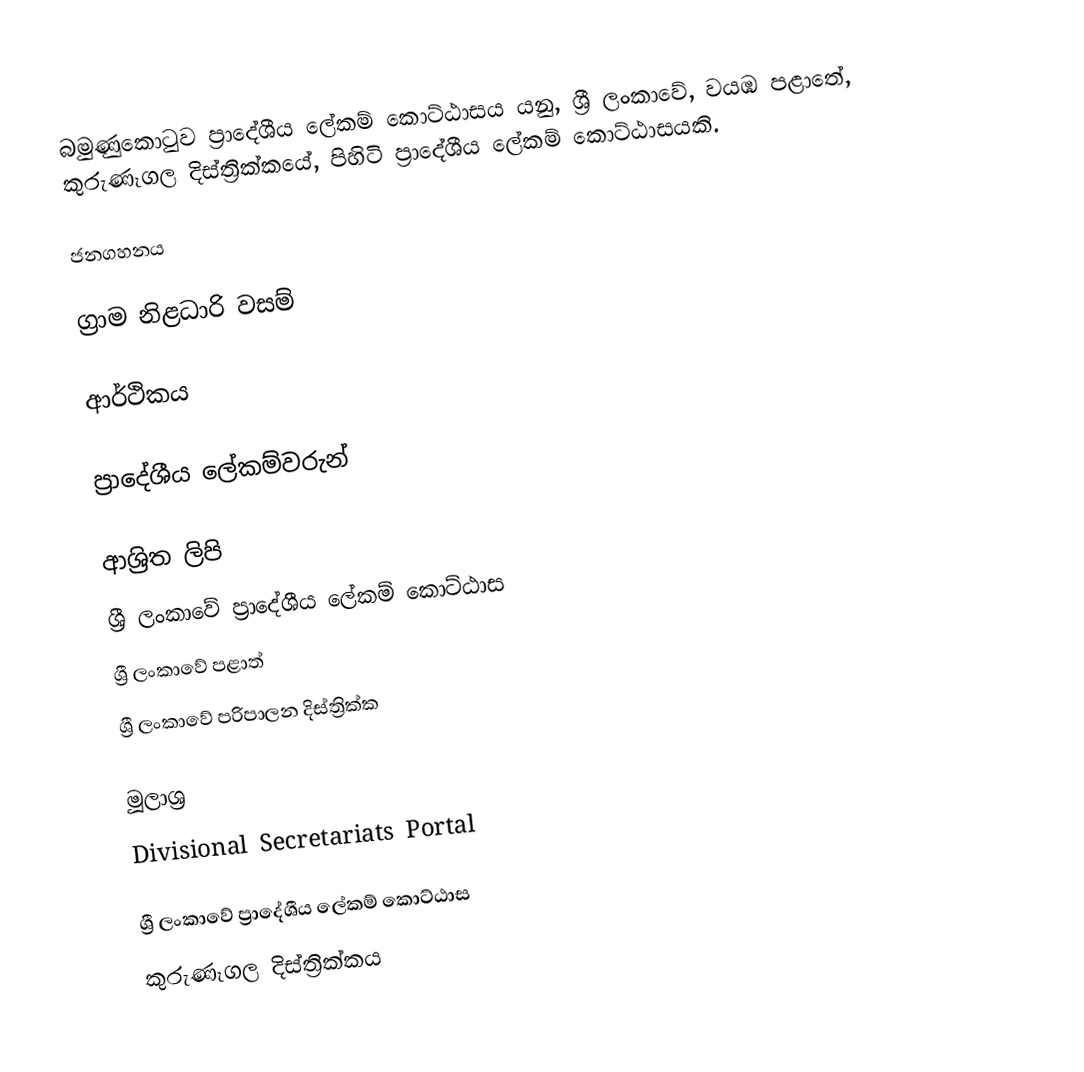
බමුණුකොටුව ප්‍රාදේශීය ලේකම් කොට්ඨාසය යනු,  ශ්‍රී ලංකාවේ, වයඹ පළාතේ,   කුරුණෑගල දිස්ත්‍රික්කයේ, පිහිටි ප්‍රාදේශීය ලේකම් කොට්ඨාසයකි.

ජනගහනය

ග්‍රාම නිළධාරි වසම්

ආර්ථිකය

ප්‍රාදේශීය ලේකම්වරුන්

ආශ්‍රිත ලිපි
ශ්‍රී ලංකාවේ ප්‍රාදේශීය ලේකම් කොට්ඨාස
ශ්‍රී ලංකාවේ පළාත්
ශ්‍රී ලංකාවේ පරිපාලන දිස්ත්‍රික්ක

මූලාශ්‍ර
 Divisional Secretariats Portal

ශ්‍රී ලංකාවේ ප්‍රාදේශීය ලේකම් කොට්ඨාස
කුරුණෑගල දිස්ත්‍රික්කය